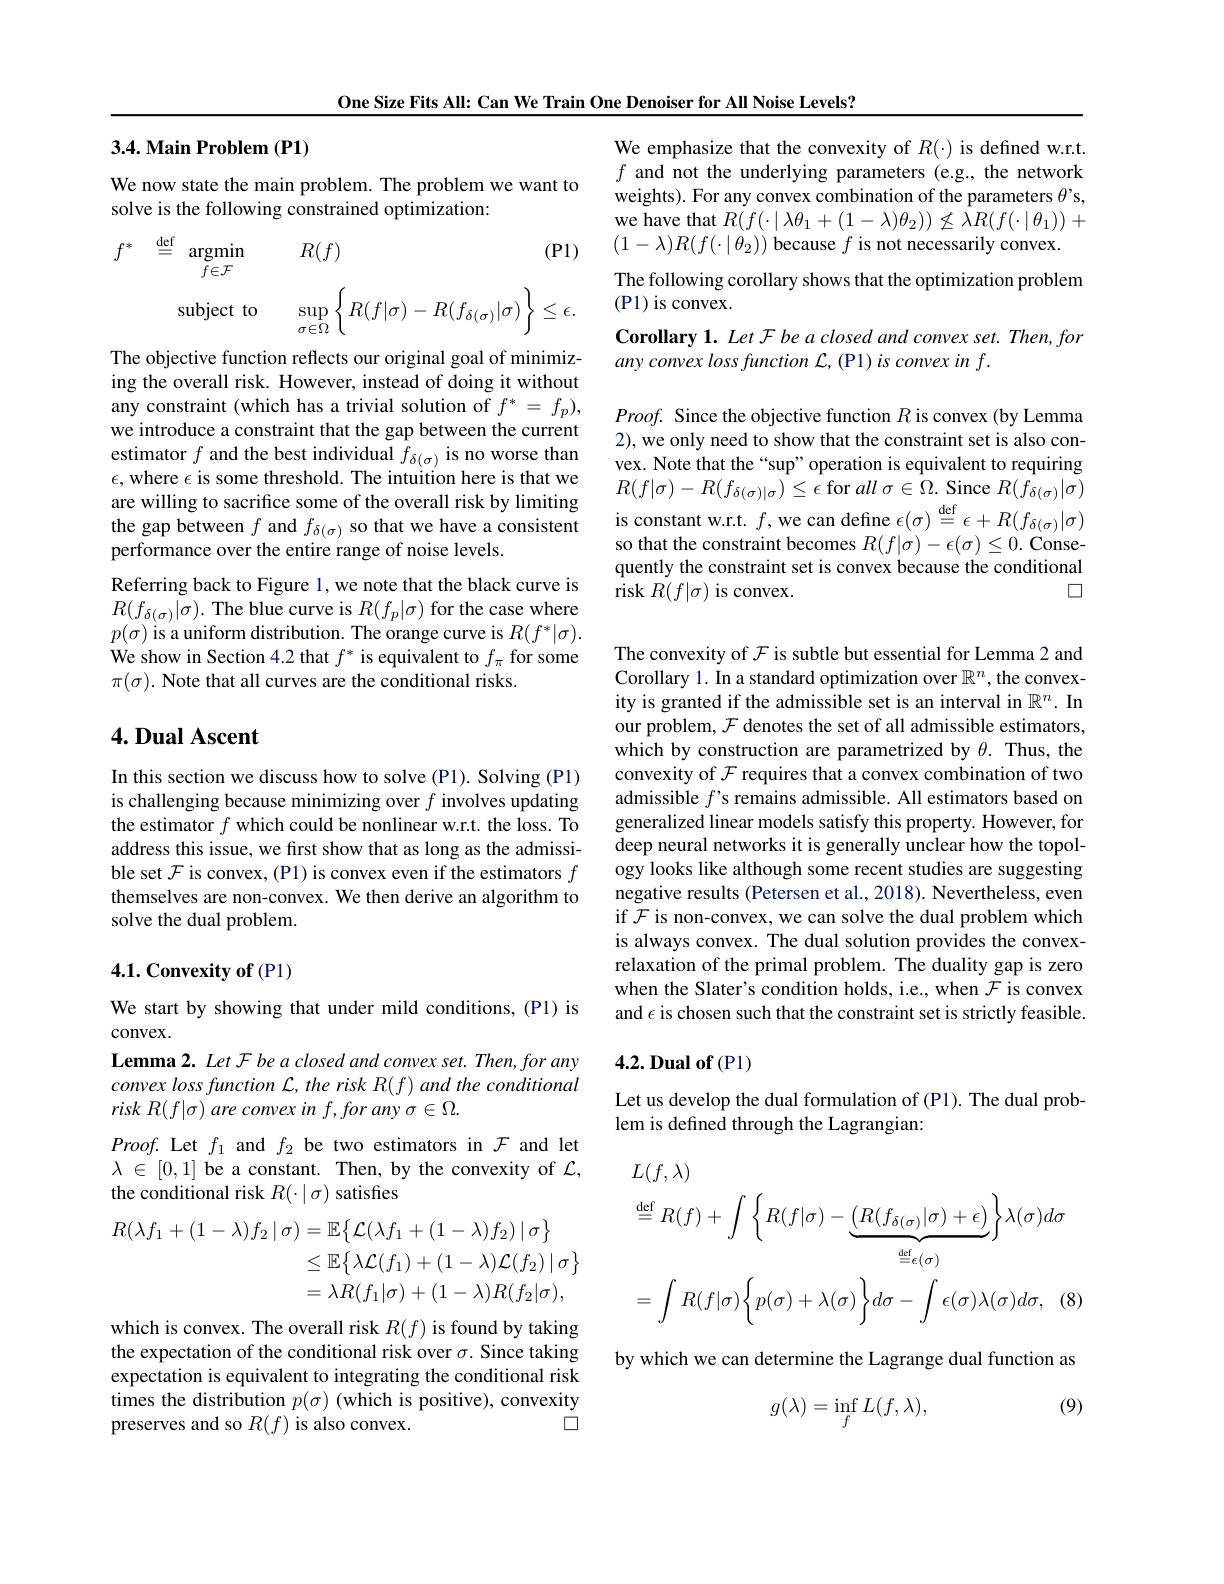
One Size Fits All: Can We Train One Denoiser for All Noise Levels?

## 3.4. Main Problem (P1)

We now state the main problem. The problem we want to
solve is the following constrained optimization:
$$\begin{array}{rcl}{f^{*}}&{\stackrel{\mathrm{def}}{=}}&{\operatorname*{argmin}_{f\in\mathcal{F}}}&{R(f)}&{(\mathrm{P1})}\\\\&{\textrm{subject to}}&{\operatorname*{sup}_{\sigma\in\Omega}\left\{R(f|\sigma)-R(f_{\delta(\sigma)}|\sigma)\right\}\leq\epsilon.}\end{array}$$
The objective function reflects our original goal of minimizing the overall risk. However, instead of doing it without any constraint (which has a trivial solution of $f^*=f_p)$, we introduce a constraint that the gap between the current estimator $f$ and the best individual $f_\delta(\sigma)$ is no worse than $\epsilon$,where $\epsilon$ is some threshold. The intuition here is that we are willing to sacrifice some of the overall risk by limiting the gap between $f$ and $f_\delta(\sigma)$ so that we have a consistent performance over the entire range of noise levels.
Referring back to Figure 1, we note that the black curve is $R(f_{\delta(\sigma)}|\sigma).$The blue curve is $R(f_p|\sigma)$ for the case where $p(\sigma)$ is a uniform distribution. The orange curve is $R(f^*|\sigma).$ We show in Section 4.2 that $f^*$ is equivalent to $f_\pi$ for some $\pi(\sigma).$ Note that all curves are the conditional risks.

## $4. \textbf{Dual Ascent}$

In this section we discuss how to solve (P1). Solving (P1) is challenging because minimizing over $f$ involves updating the estimator $f$ which could be nonlinear w.r.t. the loss. To address this issue, we first show that as long as the admissible set $\mathcal{F}$ is convex, (P1) is convex even if the estimators $f$ themselves are non-convex. We then derive an algorithm to solve the dual problem.

## 4.1. Convexity of (P1)

We start by showing that under mild conditions, (P1) is
# $convex.$

Lemma 2. Let F be a closed and convex set. Then, for any $convex\textit{loss function L, the risk R}( f)$ and the conditional risk $R( f| \sigma )$ are convex in $f,for$ any $\sigma\in\Omega.$

$Proof.$ Let $f_1$ and $f_2$ be two estimators in $\mathcal{F}$ and let $\lambda\in[0,1]$ be a constant. Then, by the convexity of $\mathcal{L}$, the conditional risk $R(\cdot\mid\sigma)$ satisfies
$$\begin{aligned}R(\lambda f_1+(1-\lambda)f_2\:|\:\sigma)&=\mathbb{E}\left\{\mathcal{L}(\lambda f_1+(1-\lambda)f_2)\:|\:\sigma\right\}\\&\leq\mathbb{E}\left\{\lambda\mathcal{L}(f_1)+(1-\lambda)\mathcal{L}(f_2)\:|\:\sigma\right\}\\&=\lambda R(f_1|\sigma)+(1-\lambda)R(f_2|\sigma),\end{aligned}$$
which is convex. The overall risk $R(f)$ is found by taking the expectation of the conditional risk over $\sigma.$ Since taking expectation is equivalent to integrating the conditional risk times the distribution $p(\sigma)$ (which is positive), convexity
$\square$
preserves and so $R(f)$ is also convex.

We emphasize that the convexity of $R(\cdot)$ is defined w.r.t. $f$ and not the underlying parameters (e.g., the network weights). For any convex combination of the parameters $\theta’$s, we have that $R(f(\cdot\mid\lambda\theta_{1}+(1-\lambda)\theta_{2}))\not\leq\lambda R(f(\cdot\mid\theta_{1}))+$ $(1-\lambda)R(f(\cdot|\theta_2))$ because $f$ is not necessarily convex.
The following corollary shows that the optimization problem
(P1) is convex.
Corollary 1. Let F be a closed and convex set. Then, for
any convex loss function L, (P1) is convex in f.

$Proof.$ Since the objective function $R$ is convex (by Lemma 2), we only need to show that the constraint set is also convex. Note that the “sup”operation is equivalent to requiring $R(f|\sigma)-R(f_{\delta(\sigma)|\sigma})\leq\epsilon$ for all $\sigma \in \Omega .$ Since $R(f_{\delta(\sigma)}|\sigma)$ is constant w.r.t. $f$,we can define $\epsilon(\sigma)\stackrel{\mathrm{def}}{=}\epsilon+R(f_{\delta(\sigma)}|\sigma)$ so that the constraint becomes $R(f|\sigma)-\epsilon(\sigma)\leq0.$ Consequently the constraint set is convex because the conditional
□
risk $R(f|\sigma)$ is convex.

The convexity of $\mathcal{F}$ is subtle but essential for Lemma 2 and Corollary 1. In a standard optimization over $\mathbb{R}^n$, the convexity is granted if the admissible set is an interval in $\mathbb{R}^n.$ In our problem, $\mathcal{F}$ denotes the set of all admissible estimators, which by construction are parametrized by $\theta.$ Thus, the convexity of $\mathcal{F}$ requires that a convex combination of two admissible $f’$s remains admissible. All estimators based on generalized linear models satisfy this property. However, for deep neural networks it is generally unclear how the topology looks like although some recent studies are suggesting negative results (Petersen et al., 2018). Nevertheless, even if F is non-convex, we can solve the dual problem which is always convex. The dual solution provides the convexrelaxation of the primal problem. The duality gap is zero when the Slater's condition holds, i.e., when $\mathcal{F}$ is convex and $\epsilon$ is chosen such that the constraint set is strictly feasible.

## $4. 2. \textbf{Dual of}($P1)

Let us develop the dual formulation of (P1). The dual prob-
lem is defined through the Lagrangian:
$$\begin{aligned}&L(f,\lambda)\\&\stackrel{\mathrm{def}}{=}R(f)+\int\left\{R(f|\sigma)-\underbrace{\left(R(f_{\delta(\sigma)}|\sigma)+\epsilon\right)}_{\stackrel{\mathrm{def}}{=}\epsilon(\sigma)}\right\}\lambda(\sigma)d\sigma\\&=\int R(f|\sigma)\biggl\{p(\sigma)+\lambda(\sigma)\biggr\}d\sigma-\int\epsilon(\sigma)\lambda(\sigma)d\sigma,\quad(8)\end{aligned}$$
by which we can determine the Lagrange dual function as

(9)
$$g(\lambda)=\inf_{f}L(f,\lambda),$$